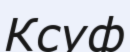
Ксуф